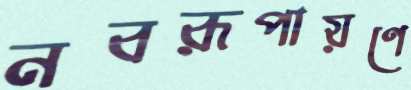
নবরূপায়ণে